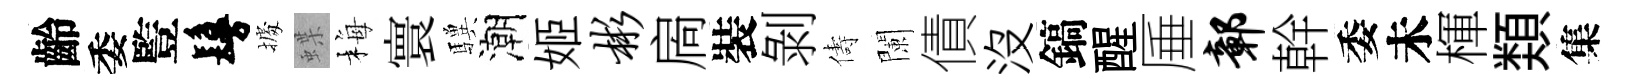
齡委䜿鬘𢴃蝶梅寰驥潮姬彬扄裝剝儔闌債没鎬醒厜鄣幹委未楎𩔖集